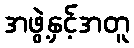
အဖွဲ့နှင့်အတူ